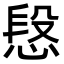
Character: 𢝪